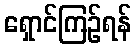
ရှောင်ကြဉ်ရန်